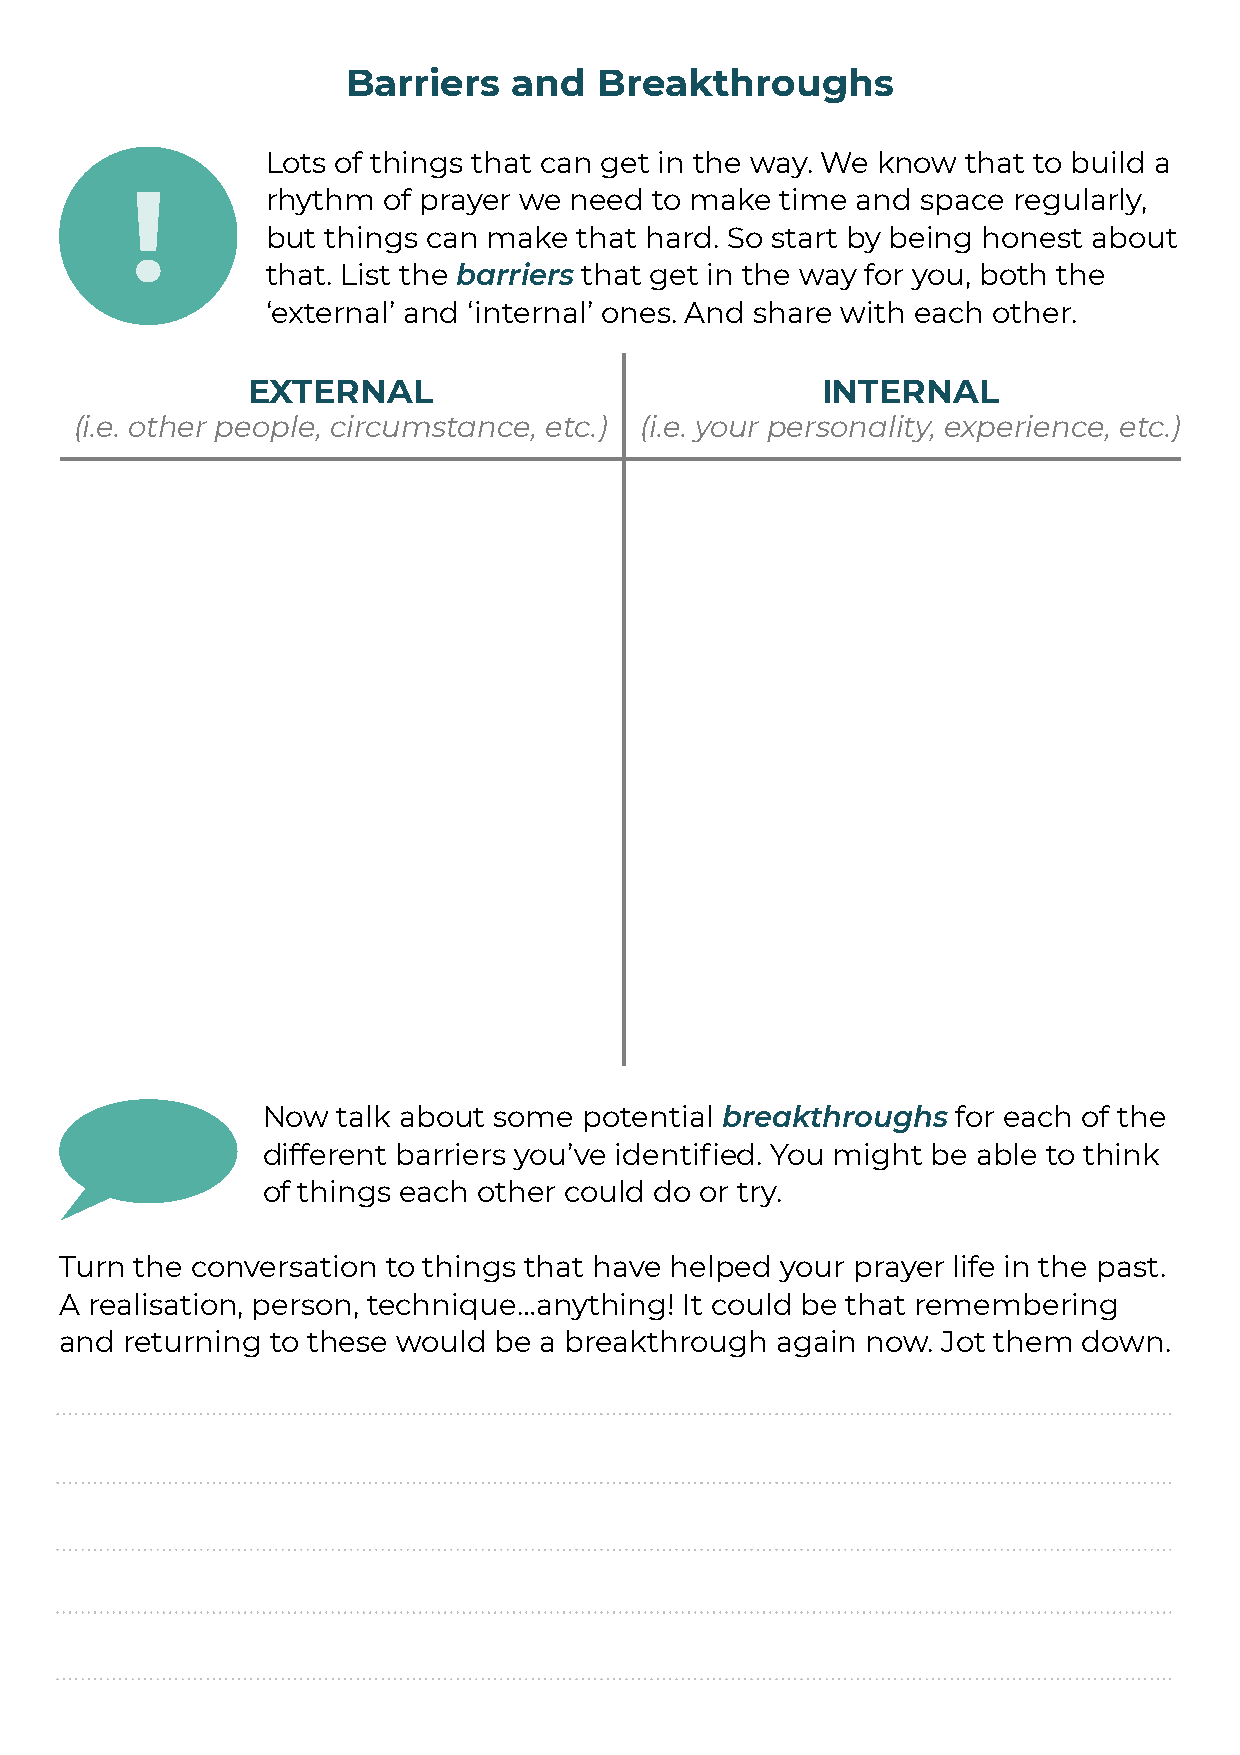
Barriers   and   Breakthroughs
 Lots of things that can get in the way. We know that to build a
 !        rhythm of prayer we need to make  time and space regularly,
 but things can make that hard. So start by being honest about
 that. List the barriers that get in the way for you, both the
 ‘external’ and ‘internal’ ones. And share with each other.
 EXTERNAL                              INTERNAL
 (i.e. other people, circumstance, etc.) (i.e. your personality, experience, etc.)
 Now  talk about some  potential breakthroughs for each of the
 different barriers you’ve identified. You might be able to think
 of things each other could do or try.
 Turn the conversation to things that have helped your prayer life in the past.
 A realisation, person, technique…anything! It could be that remembering
 and returning to these would be a breakthrough again now. Jot them  down.